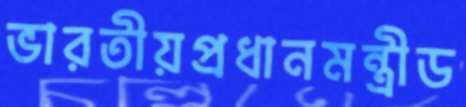
ভারতীয়প্রধানমন্ত্রীড